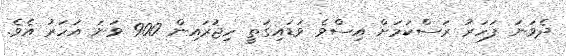
ދެވަނަ ފަހަރު ރަސްކަމަށް އިސްވެ ވަޑައިގަތީ ހިޖުރައިން 900 ވަނަ އަހަރު އެވެ.